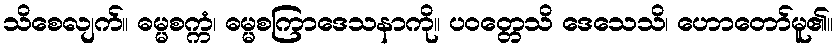
သိစေလျက်။ ဓမ္မစက္ကံ၊ ဓမ္မစကြာဒေသနာကို။ ပဝတ္တေသိ ဒေသေသိ၊ ဟောတော်မူ၏။